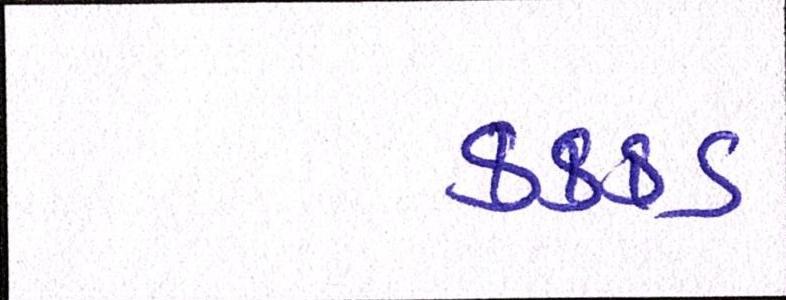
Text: કક્કડ